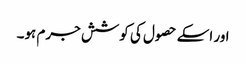
اور اسکے حصول کی کوشش جرم ہو۔